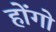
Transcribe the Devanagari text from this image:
होंगो